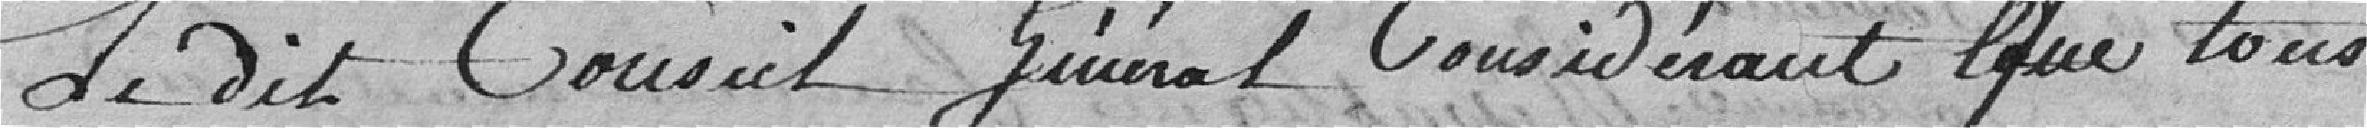
Le dit Conseil Général considérant que tous